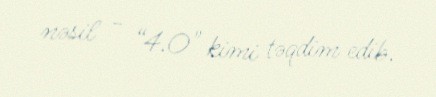
nəsil - “4.0" kimi təqdim edib.